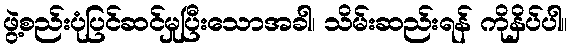
ဖွဲ့စည်းပုံပြင်ဆင်မှုပြီးသောအခါ၊ သိမ်းဆည်းရန် ကိုနှိပ်ပါ။